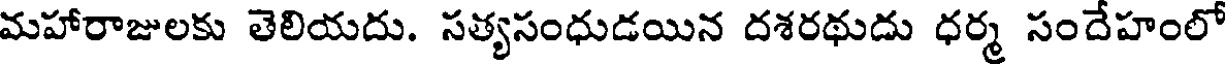
మహారాజులకు తెలియదు. సత్యసంధుడయిన దశరథుదు ధర్మ సందేహంలో